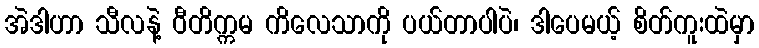
အဲဒါဟာ သီလနဲ့ ဝီတိက္ကမ ကိလေသာကို ပယ်တာပါပဲ၊ ဒါပေမယ့် စိတ်ကူးထဲမှာ